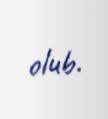
olub.